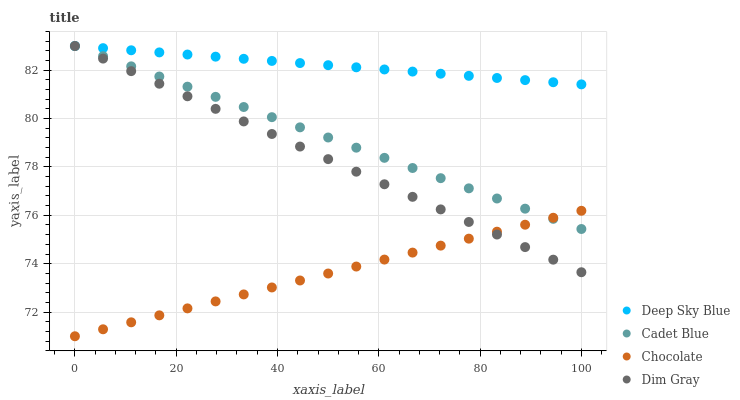
| xaxis_label | Deep Sky Blue | Cadet Blue | Chocolate | Dim Gray |
 | --- | --- | --- | --- | --- |
 | 0 | 83 | 83 | 71 | 83 |
 | 5.56 | 82.9 | 82.6 | 71.3 | 82.5 |
 | 11.1 | 82.8 | 82.2 | 71.6 | 82 |
 | 16.7 | 82.7 | 81.7 | 71.9 | 81.4 |
 | 22.2 | 82.6 | 81.3 | 72.2 | 80.9 |
 | 27.8 | 82.6 | 80.9 | 72.4 | 80.4 |
 | 33.3 | 82.5 | 80.5 | 72.7 | 79.9 |
 | 38.9 | 82.4 | 80.1 | 73 | 79.4 |
 | 44.4 | 82.3 | 79.6 | 73.3 | 78.8 |
 | 50 | 82.2 | 79.2 | 73.6 | 78.3 |
 | 55.6 | 82.1 | 78.8 | 73.9 | 77.8 |
 | 61.1 | 82 | 78.4 | 74.2 | 77.3 |
 | 66.7 | 81.9 | 78 | 74.5 | 76.8 |
 | 72.2 | 81.9 | 77.5 | 74.7 | 76.2 |
 | 77.8 | 81.8 | 77.1 | 75 | 75.7 |
 | 83.3 | 81.7 | 76.7 | 75.3 | 75.2 |
 | 88.9 | 81.6 | 76.3 | 75.6 | 74.7 |
 | 94.4 | 81.5 | 75.9 | 75.9 | 74.2 |
 | 100 | 81.4 | 75.4 | 76.2 | 73.6 |